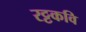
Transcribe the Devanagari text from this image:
रट्टकवि